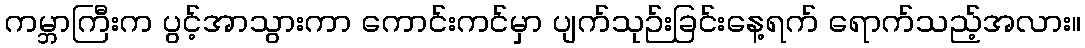
ကမ္ဘာကြီးက ပွင့်အာသွားကာ ကောင်းကင်မှာ ပျက်သုဉ်းခြင်းနေ့ရက် ရောက်သည့်အလား။